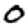
Digit: 0